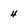
Character: 4